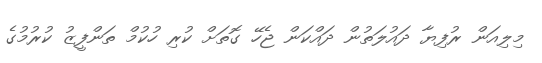
މިލިއަން ރުފިޔާ ދައުލަތުން ދައްކަން ޖެހޭ ގޮތަށް ކުރި ހުކުމް ތަންފީޒު ކުރުމުގެ